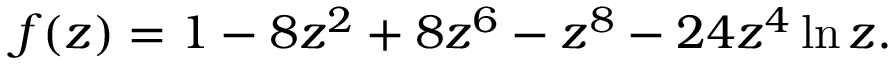
f ( z ) = 1 - 8 z ^ { 2 } + 8 z ^ { 6 } - z ^ { 8 } - 2 4 z ^ { 4 } \ln z .